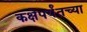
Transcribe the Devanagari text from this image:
कक्षेपर्यंतच्या